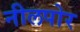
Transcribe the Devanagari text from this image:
नीलपोर